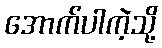
အောက်ပါကဲ့သို့